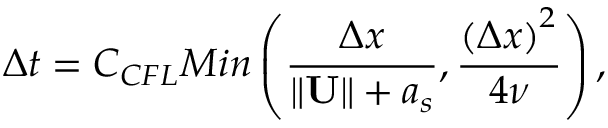
\Delta t = { { C } _ { C F L } } M i n \left( \frac { \Delta x } { \left\| \mathbf { U } \right\| + { { a } _ { s } } } , \frac { { { \left( \Delta x \right) } ^ { 2 } } } { 4 \nu } \right) ,